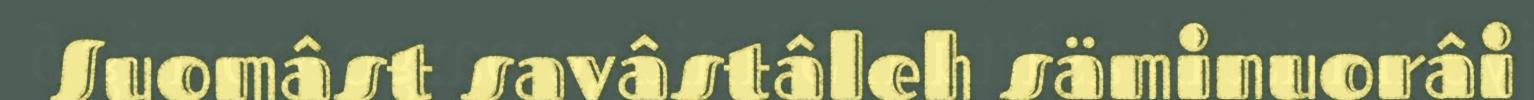
Suomâst savâstâleh säminuorâi